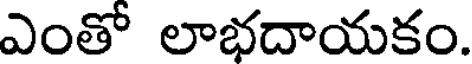
ఎంతో లాభదాయకం.